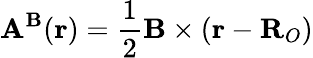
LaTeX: \mathbf{A}^{\mathbf{B}}(\mathbf{r})=\frac{1}{2}\mathbf{B}\times(\mathbf{r}-\mathbf{R}_{O})